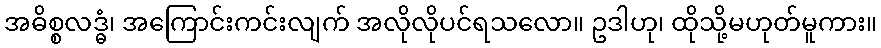
အဓိစ္စလဒ္ဓံ၊ အကြောင်းကင်းလျက် အလိုလိုပင်ရသလော။ ဥဒါဟု၊ ထိုသို့မဟုတ်မူကား။